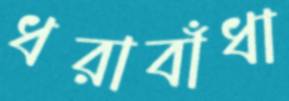
ধরাবাঁধা